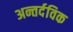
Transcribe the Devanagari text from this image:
अन्तर्दविक